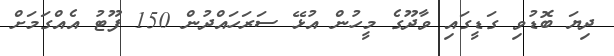
ދިޔަ ބޮޑުވި ގަޑީގައި ވާދޫގެ މީހުން އުޅޭ ސަރަހައްދުން 150 ފޫޓު އެއްގަމަށް